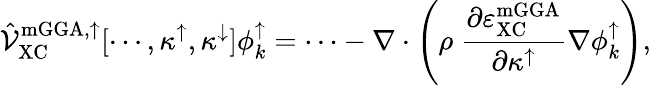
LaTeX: \hat{\mathcal{V}}_{\mathrm{XC}}^{\mathrm{mGGA,\uparrow}}[\cdots,\kappa^{\uparrow},\kappa^{\downarrow}]\phi_{k}^{\uparrow}=\cdots-\nabla\cdot\left(\rho\ \frac{\partial\varepsilon_{\mathrm{XC}}^{\mathrm{mGGA}}}{\partial\kappa^{\uparrow}}\nabla\phi_{k}^{\uparrow}\right),